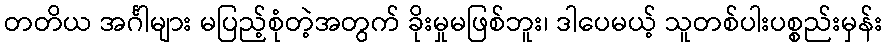
တတိယ အင်္ဂါများ မပြည့်စုံတဲ့အတွက် ခိုးမှုမဖြစ်ဘူး၊ ဒါပေမယ့် သူတစ်ပါးပစ္စည်းမှန်း